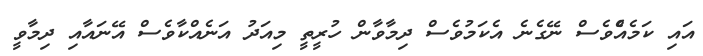
އައި ކަމެއެްވެސް ނޭގެނެ އެކަމުވެސް ދިމާވާން ހުރީތީ މިއަދު އަނެއްކާވެސް އޭނައާއި ދިމާވީ